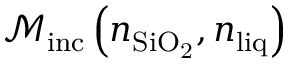
\mathcal { M } _ { \mathrm { i n c } } \left( n _ { \mathrm { S i O _ { 2 } } } , n _ { \mathrm { l i q } } \right)